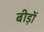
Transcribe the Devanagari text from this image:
बीड़ों